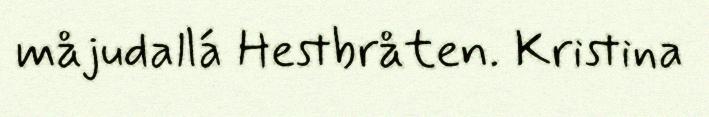
måjudallá Hestbråten. Kristina